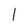
Character: 1